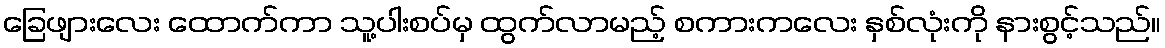
ခြေဖျားလေး ထောက်ကာ သူ့ပါးစပ်မှ ထွက်လာမည့် စကားကလေး နှစ်လုံးကို နားစွင့်သည်။